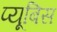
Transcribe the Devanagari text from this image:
प्यूबिस